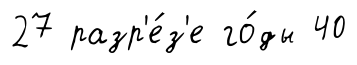
27 разр'е́з'е го́ды 40